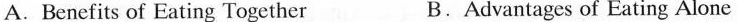
A.Benefits of Eating Together B.Advantages of Eating Alone